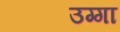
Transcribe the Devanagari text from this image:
उग्गा